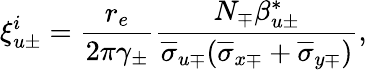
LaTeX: \xi_{u\pm}^{i}=\frac{r_{e}}{2\pi\gamma_{\pm}}\frac{N_{\mp}\beta_{u\pm}^{*}}{\overline{{\sigma}}_{u\mp}(\overline{{\sigma}}_{x\mp}+\overline{{\sigma}}_{y\mp})},